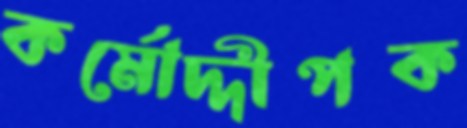
কর্মোদ্দীপক